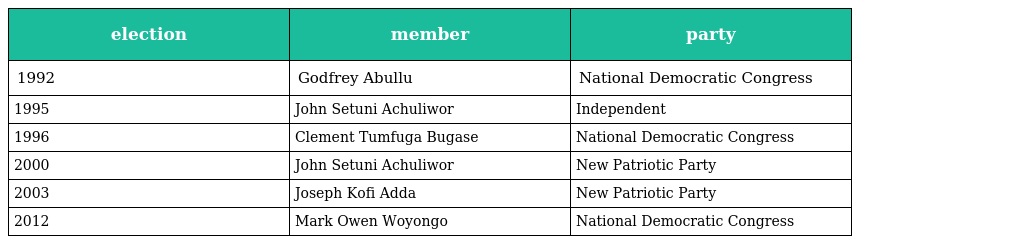
| election | member | party |
 | --- | --- | --- |
 | 1992 | Godfrey Abullu | National Democratic Congress |
 | 1995 | John Setuni Achuliwor | Independent |
 | 1996 | Clement Tumfuga Bugase | National Democratic Congress |
 | 2000 | John Setuni Achuliwor | New Patriotic Party |
 | 2003 | Joseph Kofi Adda | New Patriotic Party |
 | 2012 | Mark Owen Woyongo | National Democratic Congress |